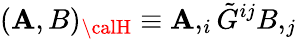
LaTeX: (\mathbf{A},B)_{\calH}\equiv\mathbf{A},_{i}\tilde{{G}}^{ij}B,_{j}